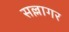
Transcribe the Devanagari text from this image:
सल्लागर